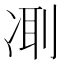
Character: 𠗜